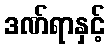
ဒဏ်ရာနှင့်